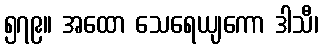
၅၇၉။ အထော သေရေယျကော ဒါသီ၊